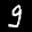
Label: 9